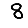
Digit: 8